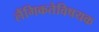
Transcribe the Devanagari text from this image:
लैंगिकतेविषयक